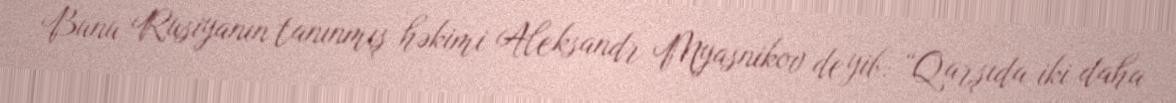
Bunu Rusiyanın tanınmış həkimi Aleksandr Myasnikov deyib: “Qarşıda iki daha